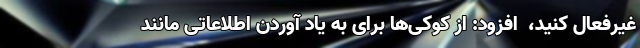
غیرفعال کنید، ‌ افزود: از کوکی‌ها برای به یاد آوردن اطلاعاتی مانند